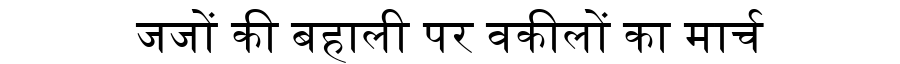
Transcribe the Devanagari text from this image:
जजों की बहाली पर वकीलों का मार्च